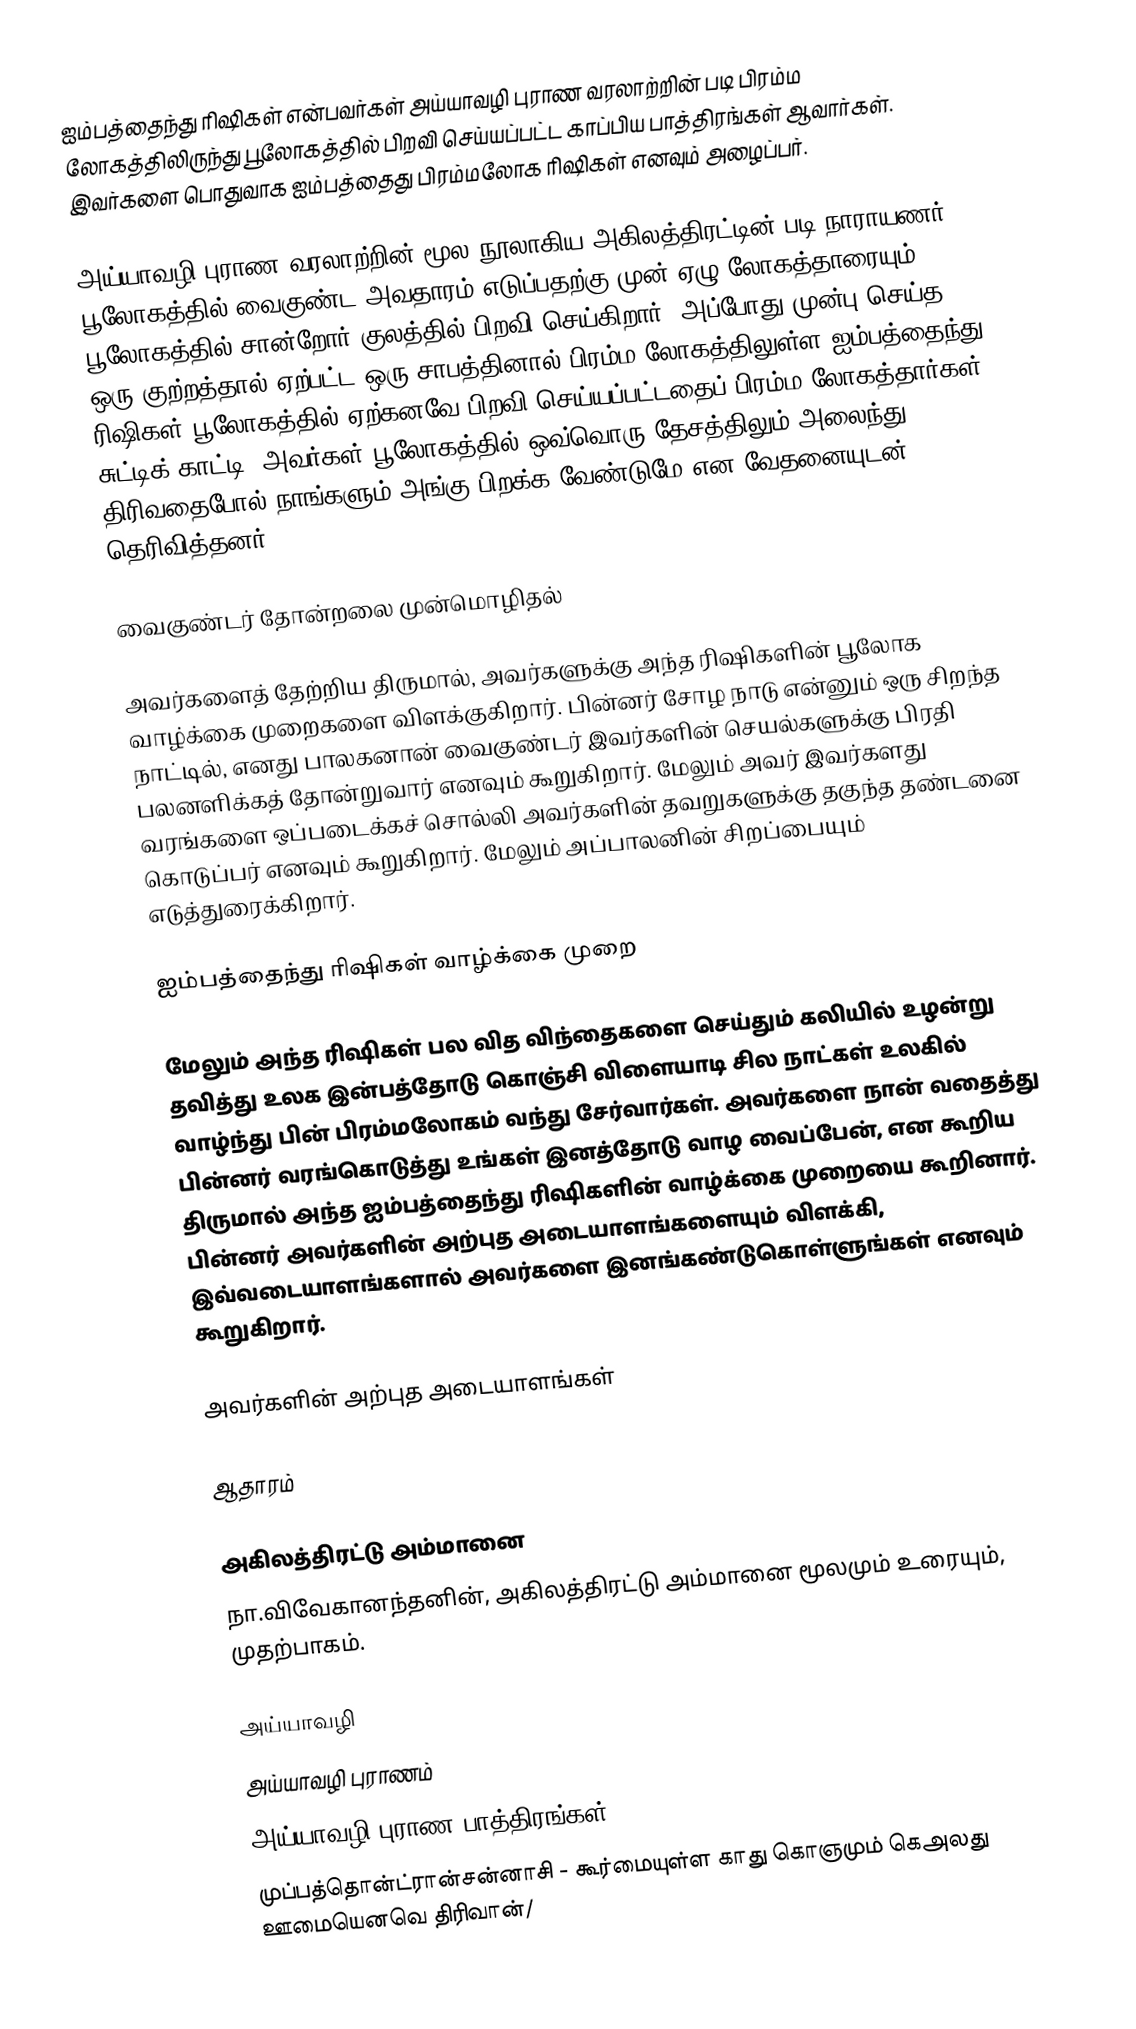
ஐம்பத்தைந்து ரிஷிகள் என்பவர்கள் அய்யாவழி புராண வரலாற்றின் படி பிரம்ம லோகத்திலிருந்து பூலோகத்தில் பிறவி செய்யப்பட்ட காப்பிய பாத்திரங்கள் ஆவார்கள். இவர்களை பொதுவாக ஐம்பத்தைது பிரம்மலோக ரிஷிகள் எனவும் அழைப்பர்.

அய்யாவழி புராண வரலாற்றின் மூல நூலாகிய அகிலத்திரட்டின் படி நாராயணர் பூலோகத்தில் வைகுண்ட அவதாரம் எடுப்பதற்கு முன் ஏழு லோகத்தாரையும் பூலோகத்தில் சான்றோர் குலத்தில் பிறவி செய்கிறார். அப்போது முன்பு செய்த ஒரு குற்றத்தால் ஏற்பட்ட ஒரு சாபத்தினால் பிரம்ம லோகத்திலுள்ள ஐம்பத்தைந்து ரிஷிகள் பூலோகத்தில் ஏற்கனவே பிறவி செய்யப்பட்டதைப் பிரம்ம லோகத்தார்கள் சுட்டிக் காட்டி, அவர்கள் பூலோகத்தில் ஒவ்வொரு தேசத்திலும் அலைந்து திரிவதைபோல் நாங்களும் அங்கு பிறக்க வேண்டுமே என வேதனையுடன் தெரிவித்தனர்.

வைகுண்டர் தோன்றலை முன்மொழிதல்

அவர்களைத் தேற்றிய திருமால், அவர்களுக்கு அந்த ரிஷிகளின் பூலோக வாழ்க்கை முறைகளை விளக்குகிறார். பின்னர் சோழ நாடு என்னும் ஒரு சிறந்த நாட்டில், எனது பாலகனான் வைகுண்டர் இவர்களின் செயல்களுக்கு பிரதி பலனளிக்கத் தோன்றுவார் எனவும் கூறுகிறார். மேலும் அவர் இவர்களது வரங்களை ஒப்படைக்கச் சொல்லி அவர்களின் தவறுகளுக்கு தகுந்த தண்டனை கொடுப்பர் எனவும் கூறுகிறார். மேலும் அப்பாலனின் சிறப்பையும் எடுத்துரைக்கிறார்.

ஐம்பத்தைந்து ரிஷிகள் வாழ்க்கை முறை

மேலும் அந்த ரிஷிகள் பல வித விந்தைகளை செய்தும் கலியில் உழன்று தவித்து உலக இன்பத்தோடு கொஞ்சி விளையாடி சில நாட்கள் உலகில் வாழ்ந்து பின் பிரம்மலோகம் வந்து சேர்வார்கள். அவர்களை நான் வதைத்து பின்னர் வரங்கொடுத்து உங்கள் இனத்தோடு வாழ வைப்பேன், என கூறிய திருமால் அந்த ஐம்பத்தைந்து ரிஷிகளின் வாழ்க்கை முறையை கூறினார். பின்னர் அவர்களின் அற்புத அடையாளங்களையும் விளக்கி, இவ்வடையாளங்களால் அவர்களை இனங்கண்டுகொள்ளுங்கள் எனவும் கூறுகிறார்.

அவர்களின் அற்புத அடையாளங்கள்

ஆதாரம்

அகிலத்திரட்டு அம்மானை
நா.விவேகானந்தனின், அகிலத்திரட்டு அம்மானை மூலமும் உரையும், முதற்பாகம்.

அய்யாவழி
அய்யாவழி புராணம்
அய்யாவழி புராண பாத்திரங்கள்
 முப்பத்தொன்ட்ரான்சன்னாசி - கூர்மையுள்ள காது கொஞமும் கெஅலது ஊமையெனவெ திரிவான்/